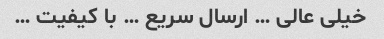
خیلی عالی … ارسال سریع … با کیفیت …